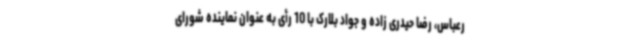
رعباس، رضا حیدری زاده و جواد بلارک با 10 رأی به عنوان نماینده شورای